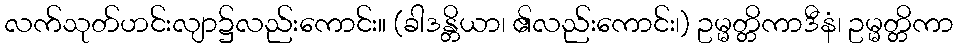
လက်သုတ်ဟင်းလျာ၌လည်းကောင်း။ (ခါဒန္တိယာ၊ ၏လည်းကောင်း၊) ဥမ္မတ္တိကာဒီနံ၊ ဥမ္မတ္တိကာ